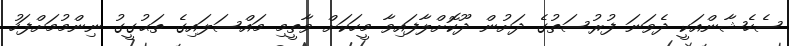
ސެހެޝާންއަކީ ދެވަނަ ފުރުސަތުގެ ދަށުން ދޫކޮށްލާފައިވާ މީހަކަށް ވާތީމި މައްސަލައިގެ ތަޙުގީގު ނިންމުމަށްފަހު